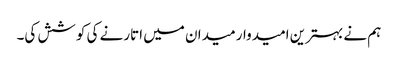
ہم نے بہترین امیدوار میدان میں اتارنے کی کوشش کی۔